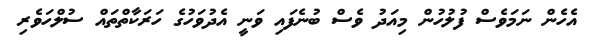
އެހެން ނަމަވެސް ފުލުހުން މިއަދު ވެސް ބުނެފައި ވަނީ އެދުވަހުގެ ހަރަކާތްތައް ސުލްހަވެރި